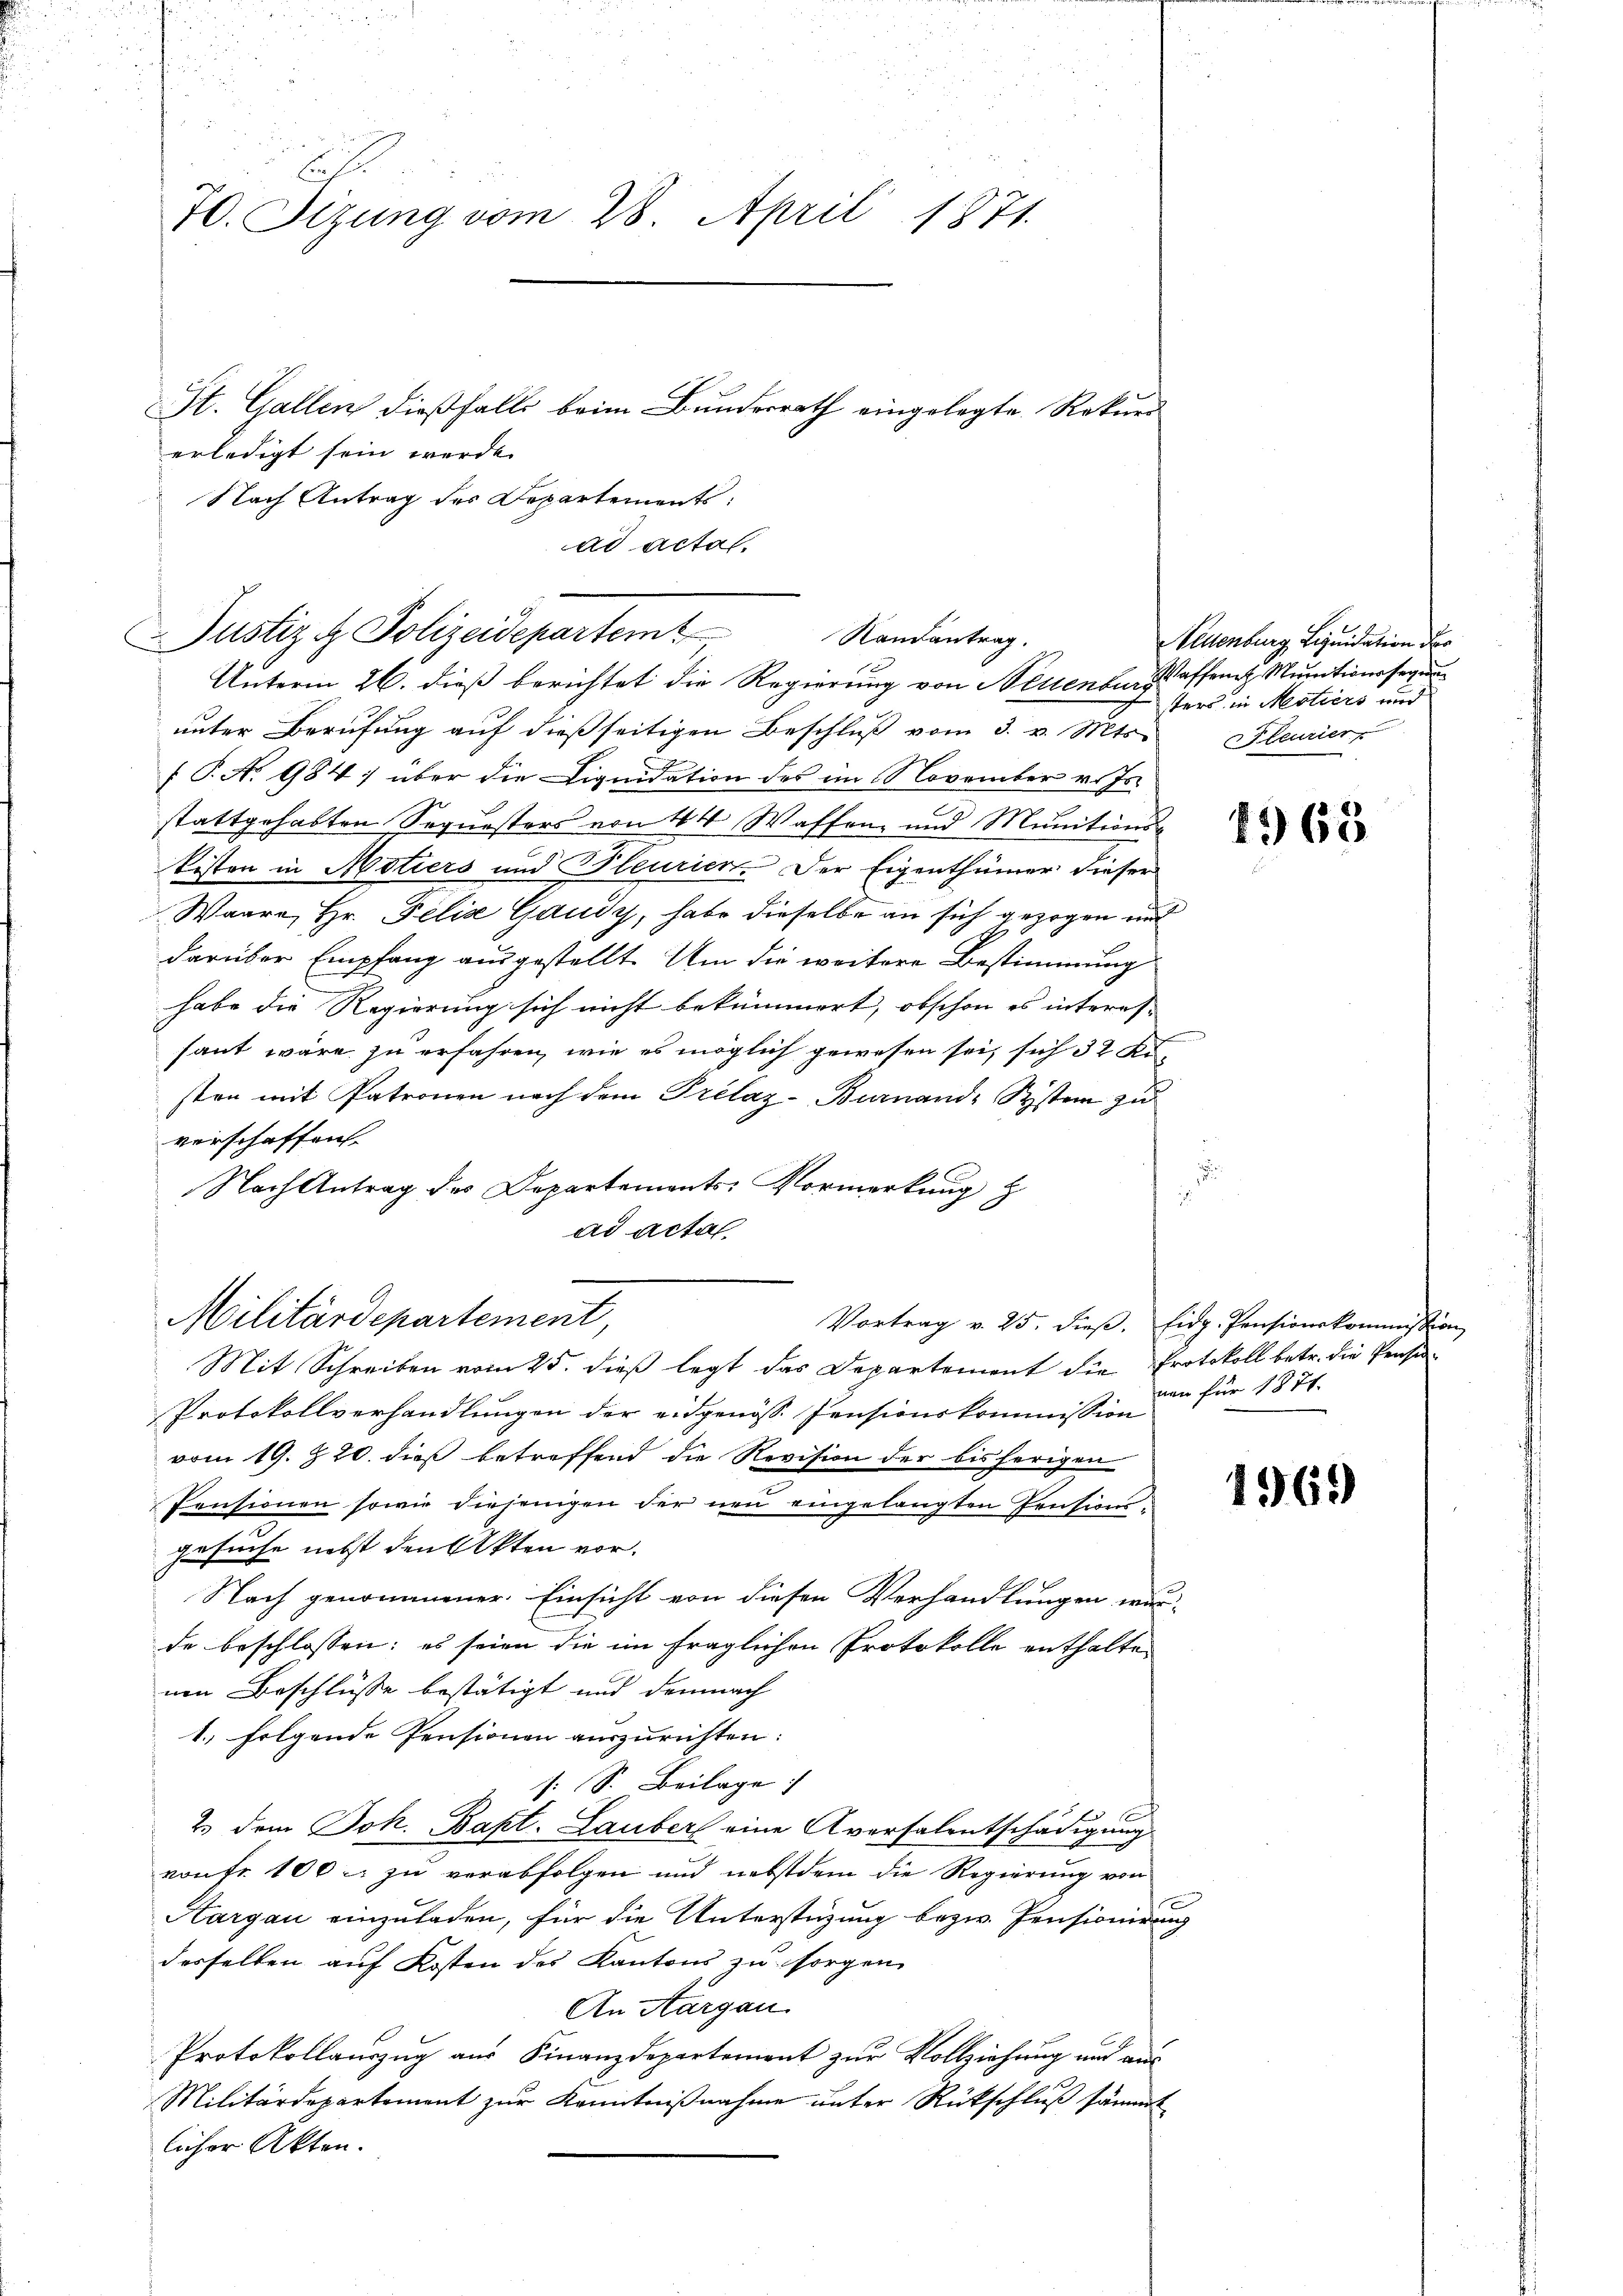
E
70. Stzung vom 28. April 1871.
St. Gallen dießfalls beim Bundesrath eingelegte Rekurr
erledigt sein werde.
Nach Antrag des Departements.

Unterm 26. dieß berichtet die Regierung von Neuenbur Waffent Munitionsserun
unter Berufung auf dießseitigen Beschluß vom 3. v. Mts.
f P. No 984; über die Liquidation des im November v. Js.
stattgehabten Sequesters von 44 Waffen und Munitänd-
kisten in Motiers und Pleurier. Der Eigenthümer dieser
Waare, Hr. Felix Gaudy, habe dieselbe an sich gezogen und
darüber Empfang ausgestellt. Um die weitere Bestimmung
habe die Regierung sich nicht bekümmert, obschon es interes-
saut wäre zu erfahren, wie es möglich gewesen sei, sich 32
sten mit Patronen nach dem Prélaz-Burnand, System zu
verschaffen.
Nach Antrag des Departements-Vormerkung z
2
ad acta

ad actal.
ustiz & Polizeidepartem
Randantrag.

Militärdepartement,

Mit Schreiben vom 25. dieß legt das Departement die Protokoll betr. die Pensi-
Protokollverhandlungen der eidgenöss. Pensionskommission
vom 19. Z. 20. dieß betreffend die Revision der bisherigen
Pensionen sowie diejenigen der neu eingelangten Pensionsgesuche nebst den Akten vor.
Nach genommener. Einsicht von diesen Verhandlungen wur-
de beschlossen: es seien die im fraglichen Protokolle enthalten
nen Beschlüsse bestätigt und demnach
1.) folgende Pensionen auszurichten:
s: S. Beilage)
2. dem Joh. Bapt. Lauber eine Aversalentschädigung
von fr. 100 r. zu verabfolgen und nebstdem die Regierung von
Kargau einzuladen, für die Unterstüzung bezw. Pensionirung
desselben auf Kosten des Kantons zu sorgen.
An Aargau.
Protokollauszug aus Finanzdepartement zur Vollziehung und aus
Militärdepartement zur Kenntnißnahme unter Rückschluß sämmt
licher Akten.

Neuenburg, Liquidation der
ters in Motiers und
Seurier

1963

Vortrag v. 25. dieß. Eidg. Pensionskommission
von für 1874.

1969